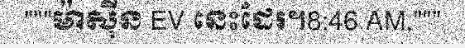
"""ម៉ាស៊ីន EV នេះដែរ។8:46 AM,"""